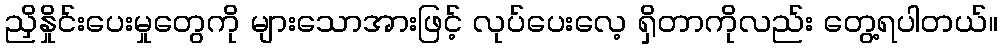
ညှိနှိုင်းပေးမှုတွေကို များသောအားဖြင့် လုပ်ပေးလေ့ ရှိတာကိုလည်း တွေ့ရပါတယ်။